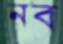
নব